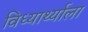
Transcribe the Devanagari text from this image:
विध्यार्थ्याला